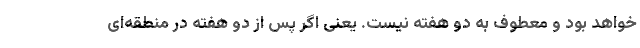
خواهد بود و معطوف به دو هفته نیست. یعنی اگر پس از دو هفته در منطقه‌ای